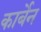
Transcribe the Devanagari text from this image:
कार्बेन